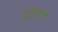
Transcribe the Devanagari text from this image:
गरुड़चट्टी